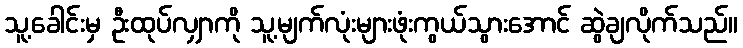
သူ့ခေါင်းမှ ဦးထုပ်လျှာကို သူ့မျက်လုံးများဖုံးကွယ်သွားအောင် ဆွဲချလိုက်သည်။